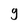
Character: g